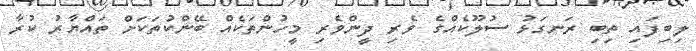
ލިބިފައި ތިބި ރަނގަޅު ސުލޫކެއްގެ ވެރި ދީންވެރި މީހުންތަކެއް ބޭންކުތަކަށް ތައްޔާރު ކުރާ